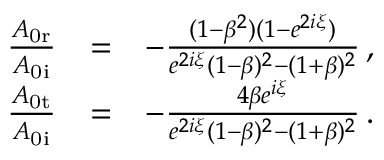
\begin{array} { r l r } { \frac { A _ { \mathrm { 0 r } } } { A _ { \mathrm { 0 i } } } } & { = } & { - \frac { ( 1 - \beta ^ { 2 } ) ( 1 - e ^ { 2 i \xi } ) } { e ^ { 2 i \xi } ( 1 - \beta ) ^ { 2 } - ( 1 + \beta ) ^ { 2 } } \, , } \\ { \frac { A _ { \mathrm { 0 t } } } { A _ { \mathrm { 0 i } } } } & { = } & { - \frac { 4 \beta e ^ { i \xi } } { e ^ { 2 i \xi } ( 1 - \beta ) ^ { 2 } - ( 1 + \beta ) ^ { 2 } } \, . } \end{array}